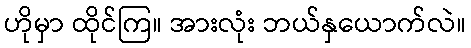
ဟိုမှာ ထိုင်ကြ။ အားလုံး ဘယ်နှယောက်လဲ။